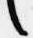
言